Riigikohus_(kohtuotsuste_protokollid), lk 24
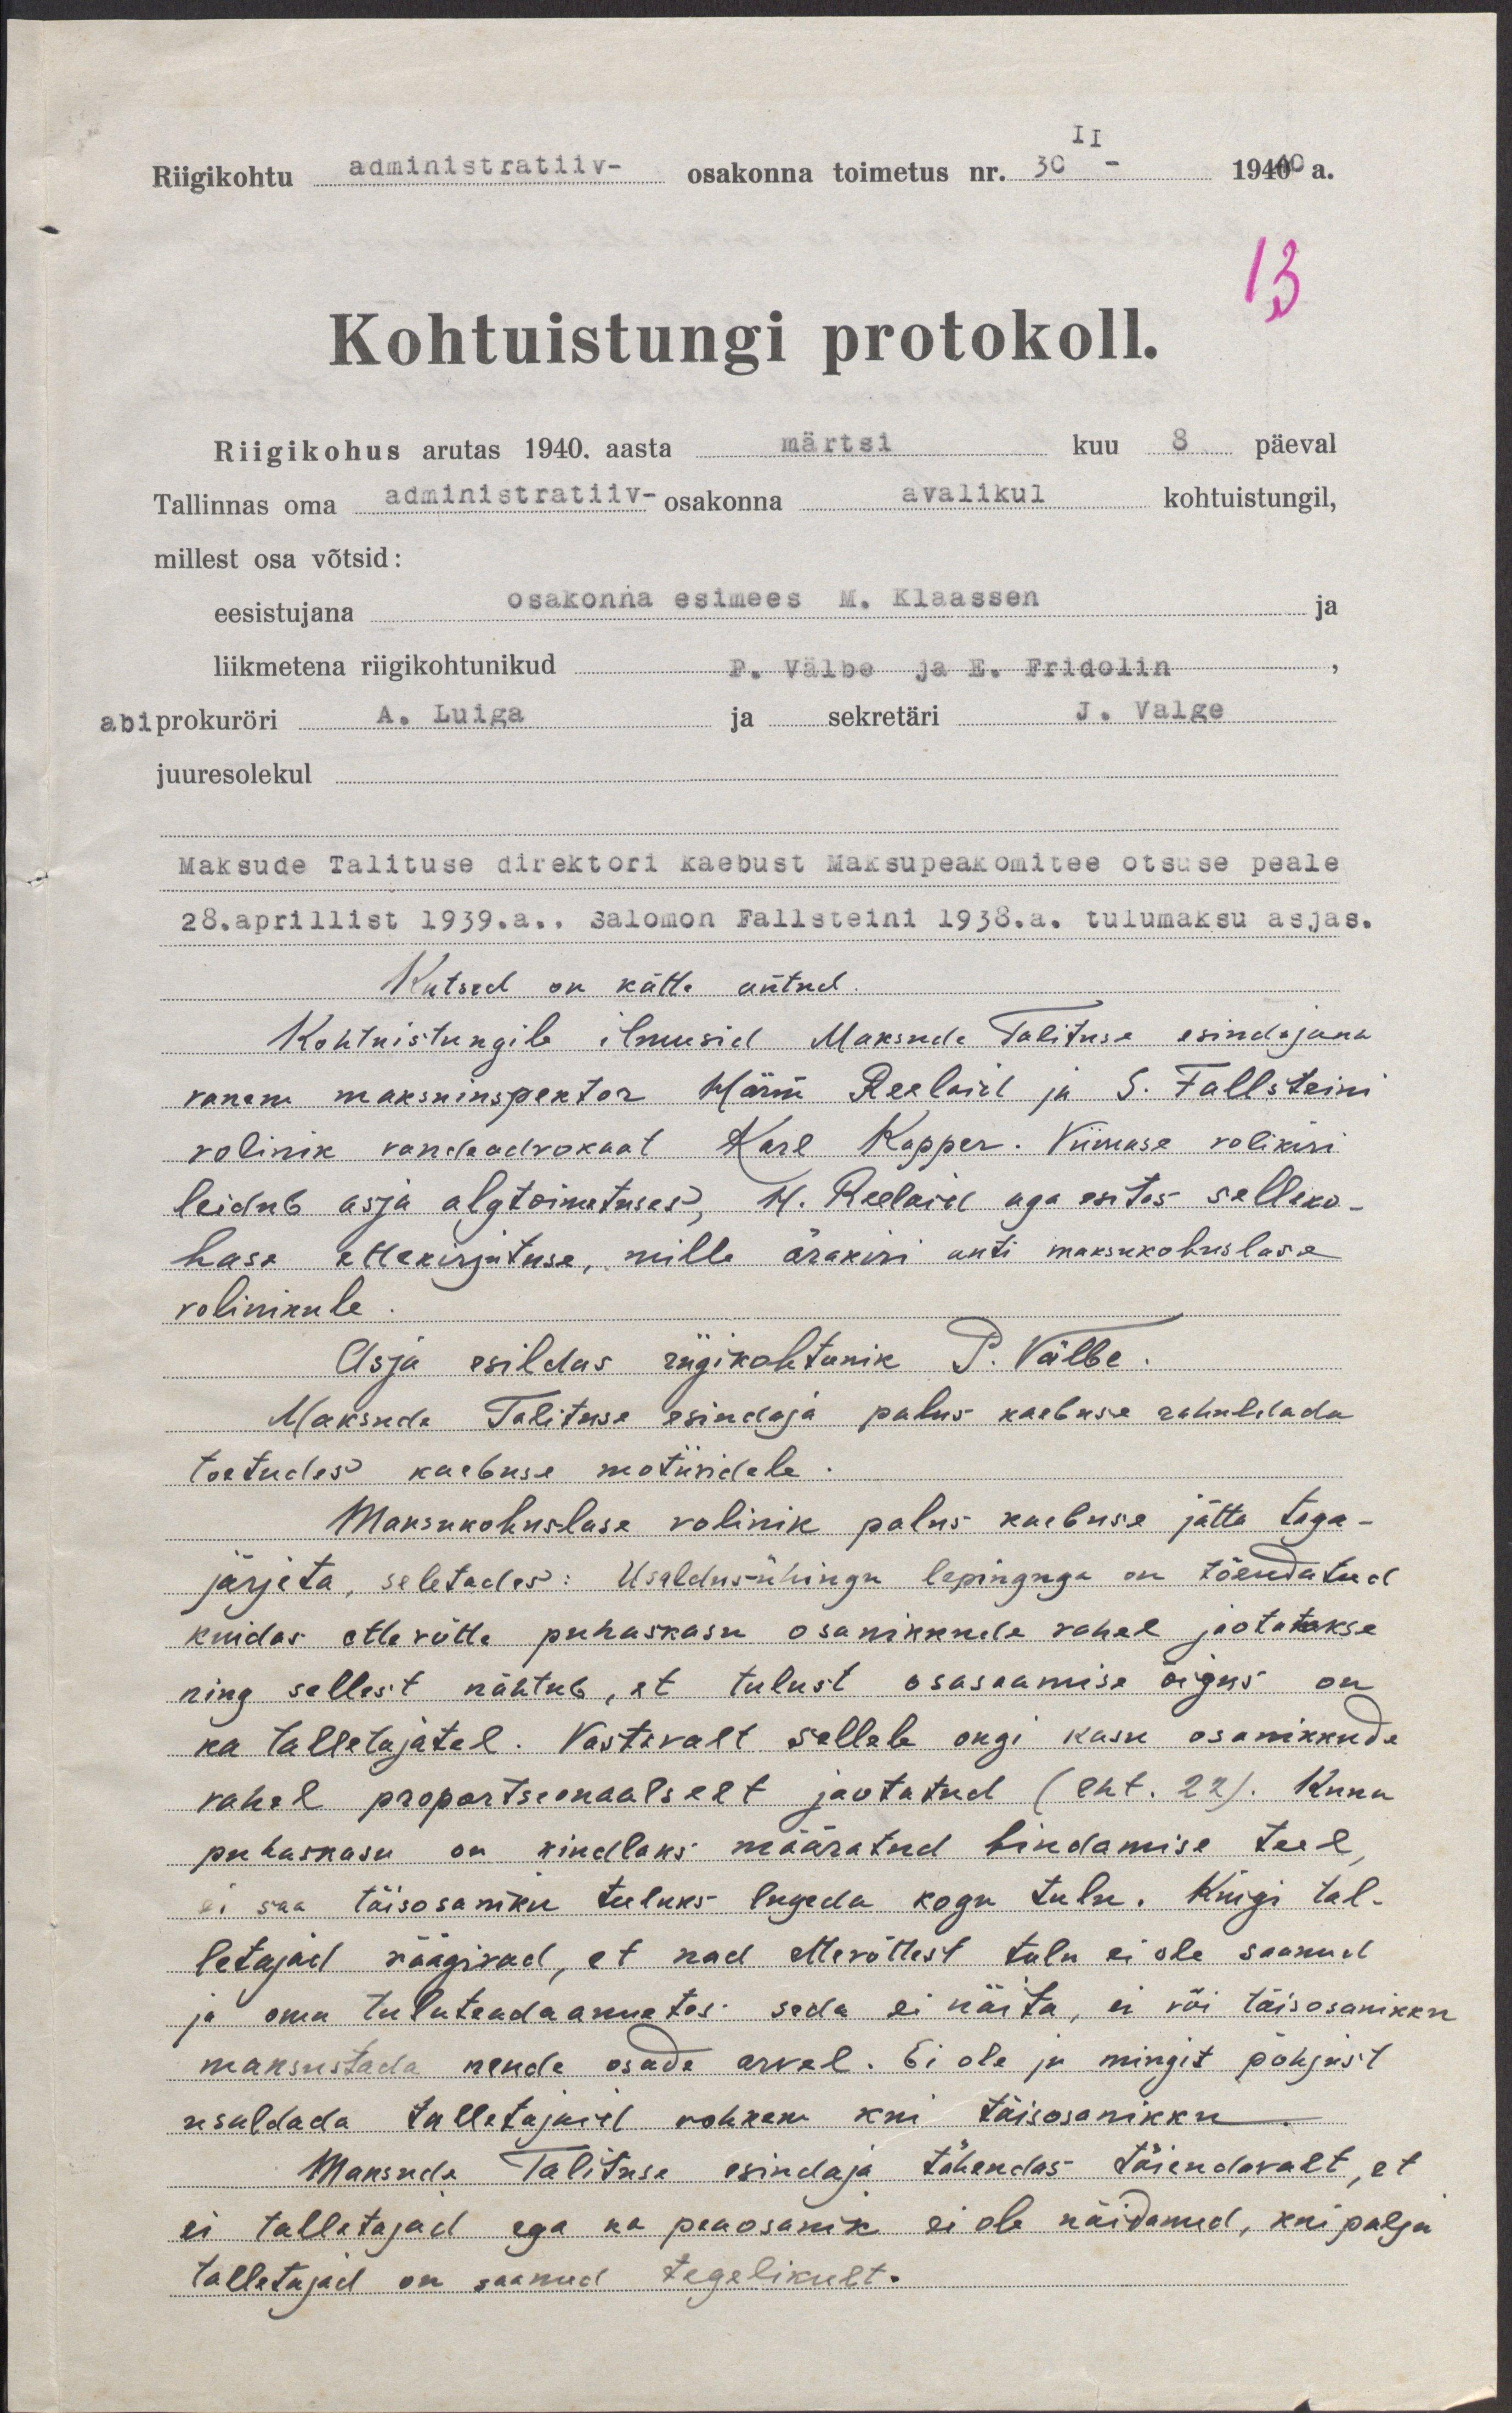
Riigikohtu administratiiv- osakonna toimetus nr. 30 - 1940 a.
Kohtuistungi protokoll.
Riigikohus arutas 1940. aasta märtsi kuu 8 päeval
Tallinnas oma administratiiv- osakonna avalikul kohtuistungil,
millest osa võtsid:
eesistujana osakonna esimees M. Klassen
liikmetena riigikohtunikud P. Välbe ja E. Fridolin
abiprokuröri A. Luiga ja sekretäri J. Valge
juuresolekul.
Maksude Talituse direktori kaebust Maksupeakomitee otsuse peale
28.aprillist 1939.a., Salomon Fallsteini 1938.a. tulumaksu asjas.
Kutsed on kätte antud-
Kohtuistungile ilmusid Maksude Talituse esindajana
vanem maksuinspektor Härm Reelaid ja S. Fallsteini
volinik vandeadvokaat Karl Kapper. Viimase volikiri
leidub asja algtoimetuses, H. Reelaid aga esitas selleko-
hase ettekirjutuse, mille ärakiri anti maksukohuslase
volinikule.
Asja esildas riigikohtunik P. Välbe
Maksude Talituse esindaja palus kaebuse rahuldada
toetudes kaebuse motiividele.
Maksukohuslase volinik palus kaebuse jätta taga-
järjeta seletades: Usaldusühingu lepinguga on tõendatud
kuidas ettevõtte puhaskasu osanikude vahel jaotatakse
ning sellest nähtub, et tulust osasaamise õigus on
ka talletajatel. Vastavalt sellele ongi kasu osanikkude
vahel proportsionaalselt jaotatud (lht. 22). Kuna
puhaskasu on kindlaks määratud hindamise teel
ei saa täisosaniku tuluks lugeda kogu tulu. Kuigi tal-
letajad räägivad, et nad ettevõttest tulu ei ole saanud
ja oma tuluteadaannetes seda ei näita, ei või täisosanikku
maksustada nende osade arvel. Ei ole ju mingit põhjust
usaldada talletajaid rohkem kui täisosanikku
Maksude Talituse esindaja tähendas täiendavalt, et
ei talletajad ega ka peaosanik ei ole näidanud, kui palju
talletajad on saanud tegelikult.